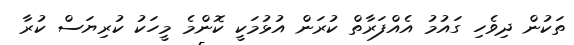
ތަކުން ދިވެހި ގައުމު އެއްފަރާތް ކުރަން އުޅުމަކީ ކޮންމެ މީހަކު ކުރިޔަސް ކުރާ